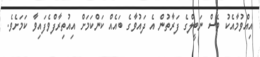
އިއްވުމާއެކު ވެސް ނަބީލްގެ ފަރާތުން އެ ދައުވާގެ ބައެއް ކަންކަމަށް އިއުތިރާފްވެފައިވާ ކަމަށެވެ.